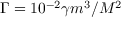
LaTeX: \Gamma = 1 0 ^ { - 2 } \gamma m ^ { 3 } / M ^ { 2 }